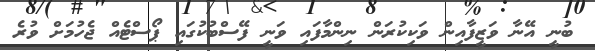
ބުނީ އޭނާ ވަޒީފާއިން ވަކިކުރަން ނިންމާފައި ވަނީ ފޭސްބުކުގައި ޕޯސްޓެއް ޖެހުމަށް ވުރެ